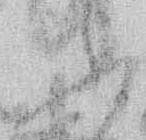
ふ